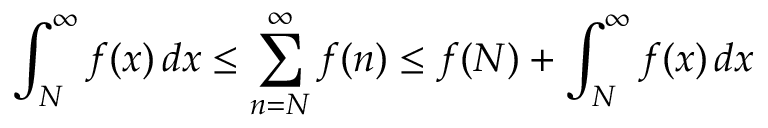
\int _ { N } ^ { \infty } f ( x ) \, d x \leq \sum _ { n = N } ^ { \infty } f ( n ) \leq f ( N ) + \int _ { N } ^ { \infty } f ( x ) \, d x